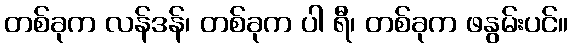
တစ်ခုက လန်ဒန်၊ တစ်ခုက ပါ ရီ၊ တစ်ခုက ဖနွမ်းပင်။